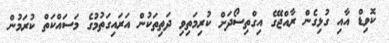
ކޮވިޑް އާއި ގުޅިގެން ރާއްޖޭގެ އިގްތިސޯދަށް ކުރިމަތިވި ދަތިތަކުން އަރައިގަތުމުގެ މަސައްކަތް ކުރަމުން